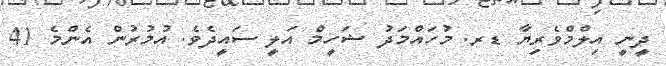
ދީނީ އިލްމްވެރިޔާ ޑރ. މުހައްމަދު ޝަހީމް އަލީ ސައީދެވެ. އުމުރުން އެންމެ 41